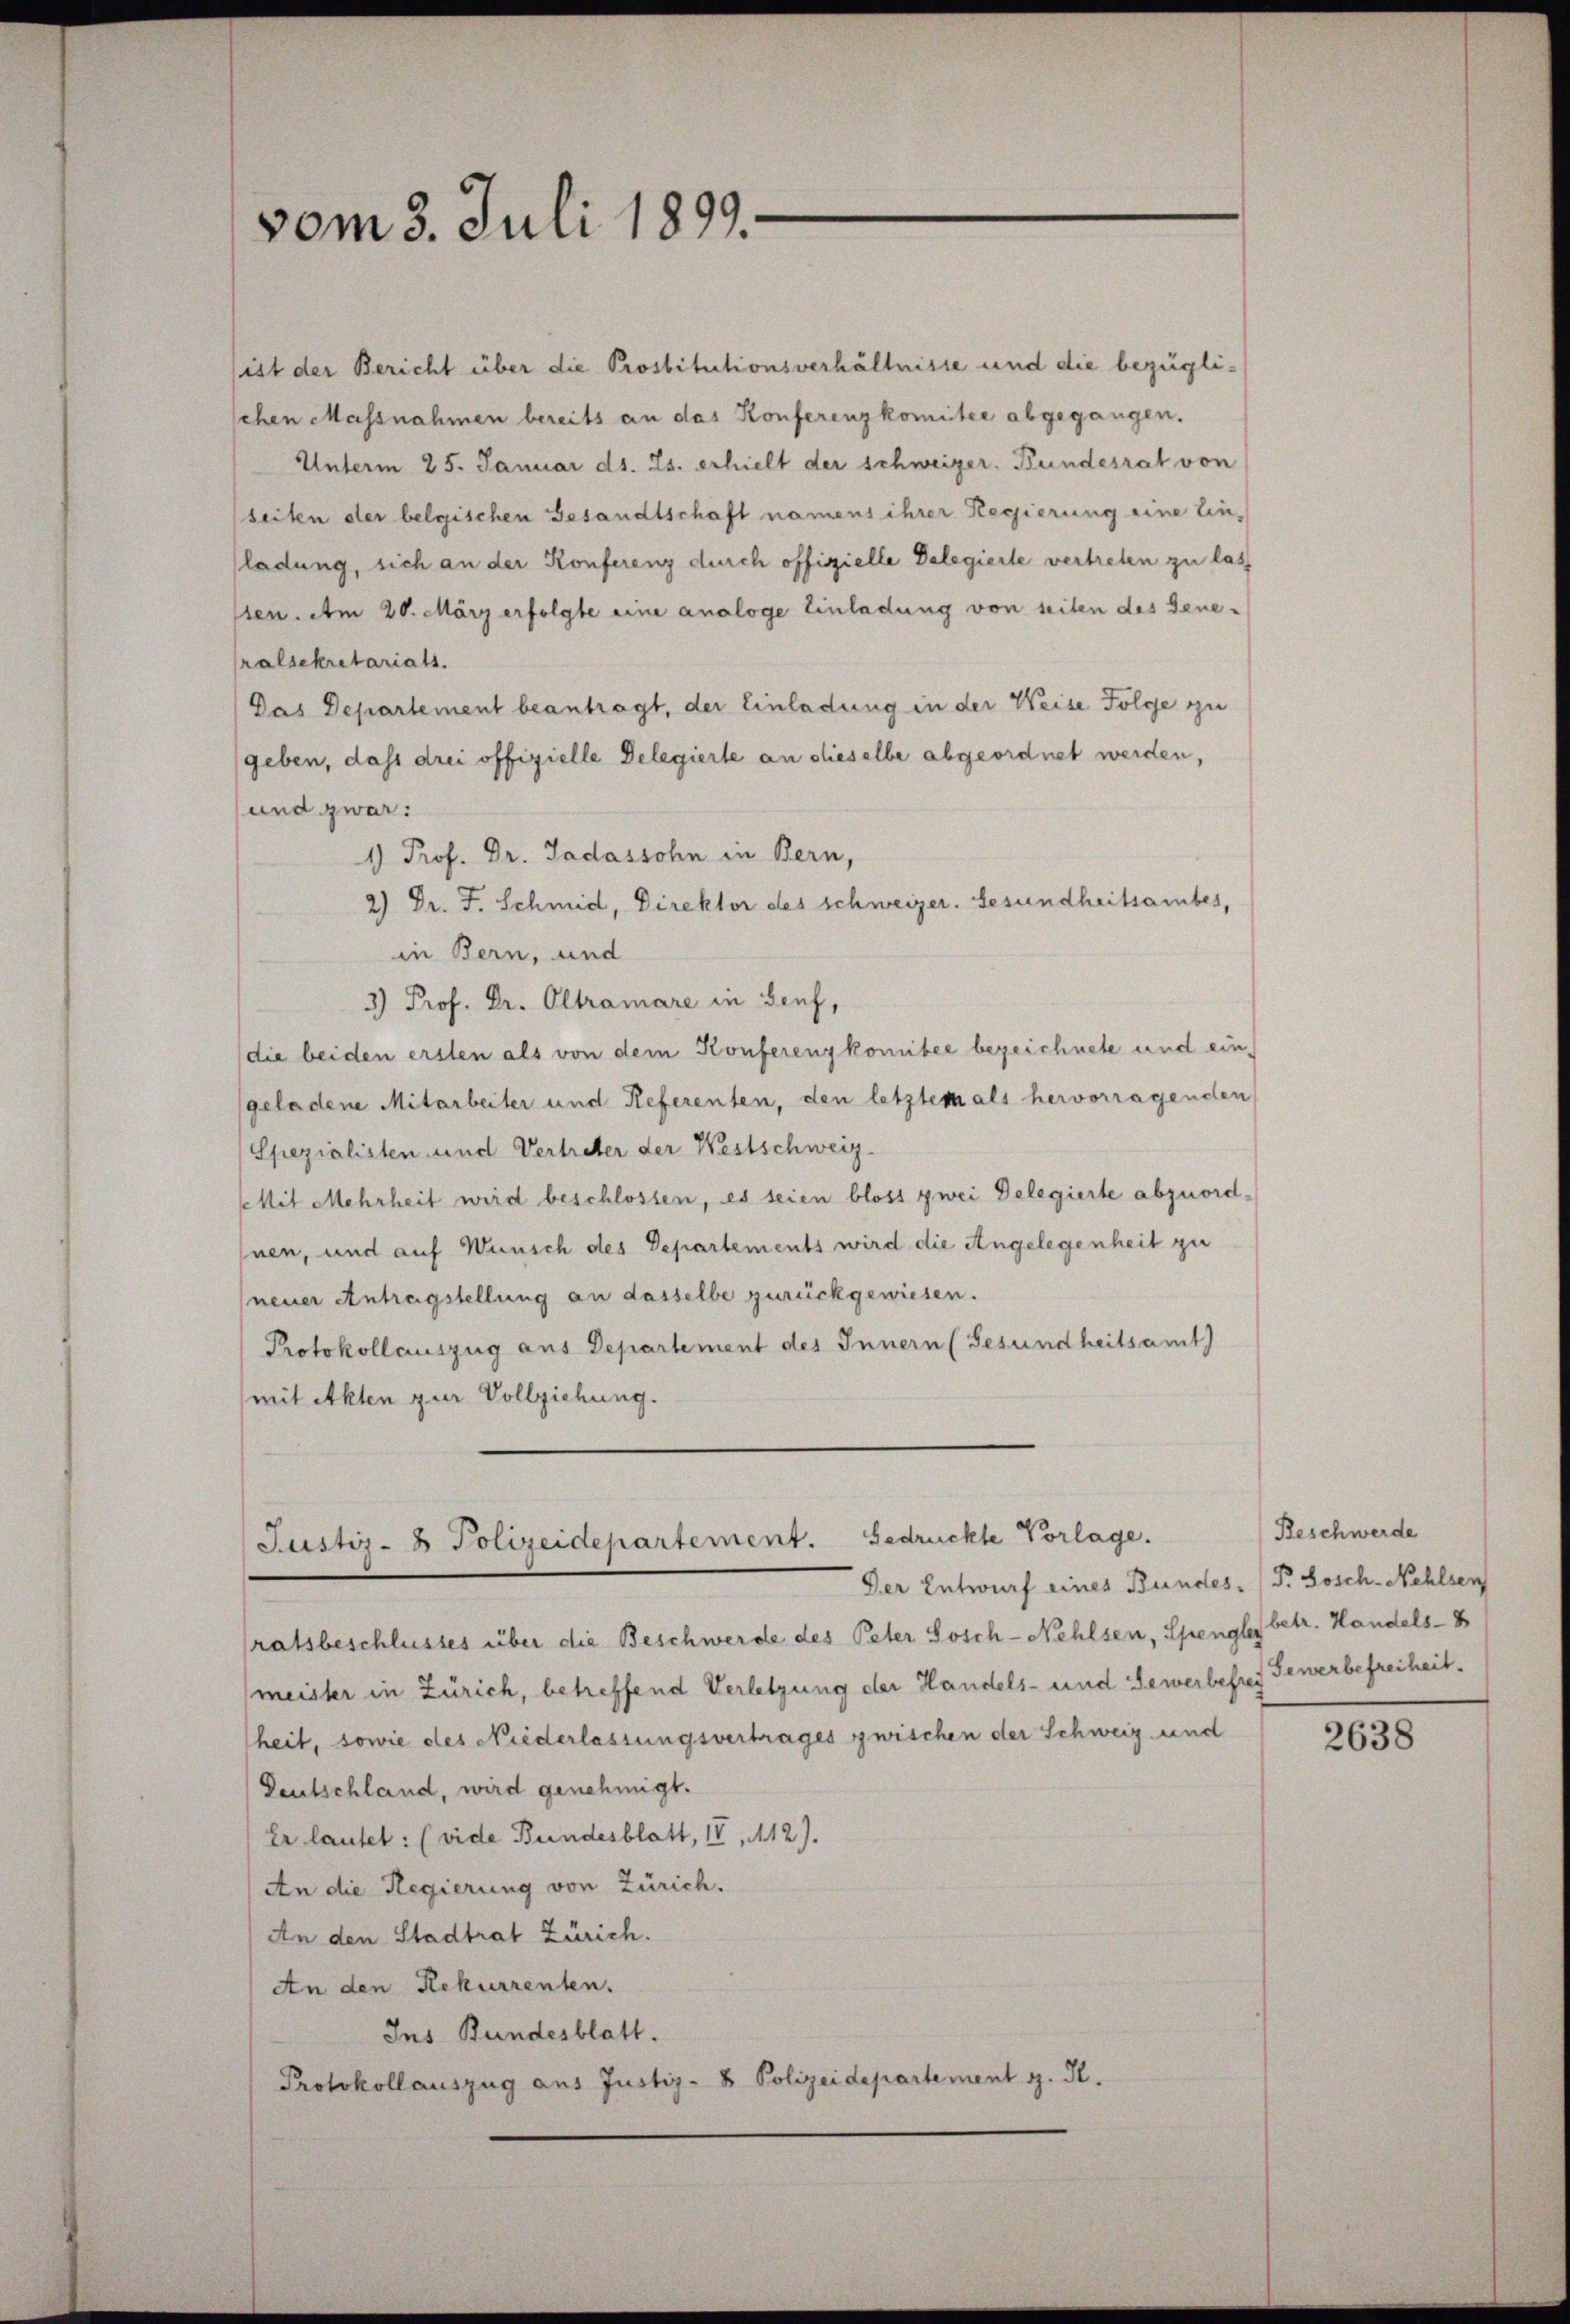
vom 3. Juli 1899.

sist der Bericht über die Prostitutionsverhältnisse und die bezüglischen Massnahmen bereits an das Konferenzkomitee abgegangen.
Unterm 25. Januar d. Js. erhielt der schweizer. Bundesrat von
seiten der belgischen Gesandtschaft namens ihrer Regierung eine Einladung, sich an der Konferenz durch offizielle Delegierte vertreten zu lass
sten. Am 20. März erfolgte eine analoge Einladung von seiten des Gene-
ralsekretariats.
Das Departement beantragt, der Einladung in der Weise Folge zu
geben, dass drei offizielle Delegierte an dieselbe abgeordnet werden,
und zwar:
1) Prof. Dr. Jadassohn in Bern,
2) Dr. F. Schmid, Direktor des schweizer. Gesundheitsamtes,
in Bern, und
3) Prof. Dr. Oltramare in Genf,
die beiden ersten als von dem Konferenzkomitee bezeichnete und ein-
geladene Mitarbeiter und Referenten, den letztem als hervorragenden
Spezialisten und Vertreter der Westschweiz.
Mit Mehrheit wird beschlossen, es seien bloss zwei Delegierte abzuordnen, und auf Wunsch des Departements wird die Angelegenheit zu
neuer Antragstellung an dasselbe zurückgewiesen.
Protokollauszug aus Departement des Innern (Gesundheitsamt
(mit Akten zur Vollziehung.
Justiz- & Polizeidepartement. Gedrückte Vorlage.
Der Entwurf eines Bundes. (T. Sosch-Nehlsen
ratsbeschlusses über die Beschwerde des Peter Lösch-Nehlsen, Spengler betr. Handels- 8
meister in Zürich, betreffend Verletzung der Handels- und Gewerbefrey
heit, sowie des Niederlassungsvertrages zwischen der Schweiz und
Deutschland, wird genehmigt.
Er lautet: (vide Bundesblatt, IV, 112).
An die Regierung von Zürich.
An den Stadtrat Zürich.
An den Rekurrenten.
Ins Bundesblatt.
Protokollauszug aus Justiz- & Polizeidepartement z. R.

Beschwerde
Gewerbefreiheit.

2638